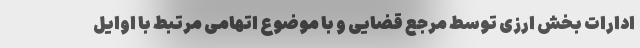
ادارات بخش ارزی توسط مرجع قضایی و با موضوع اتهامیِ مرتبط با اوایل